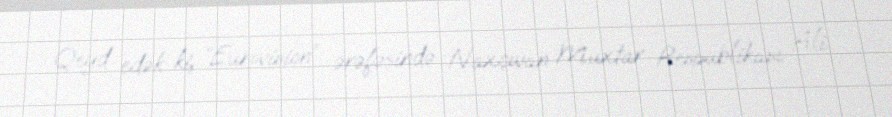
Qeyd edək ki, “Eurovision” ərəfəsində Naxçıvan Muxtar Respublikası Ali